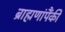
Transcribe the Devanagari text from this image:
ब्राह्मणांपैंकी